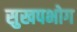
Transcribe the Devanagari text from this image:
सुखपभोग